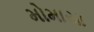
મોમાયા